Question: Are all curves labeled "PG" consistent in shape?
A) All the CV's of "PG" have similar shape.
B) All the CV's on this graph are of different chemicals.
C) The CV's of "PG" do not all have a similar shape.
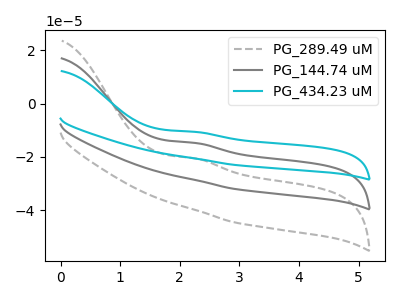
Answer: <think>The gray dashed curve "PG_289.49 uM" has an anodic peak at: (2.25V, -20.50uA). The gray curve "PG_144.74 uM" has an anodic peak at: (2.25V, -14.70uA). The cyan curve "PG_434.23 uM" has an anodic peak at: (2.25V, -29.45uA).
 All the peaks in "PG_289.49 uM" have a peak in "PG_144.74 uM" at the same potential. Every peak in "PG_289.49 uM" is lower than every peak in "PG_144.74 uM". All the peaks in "PG_289.49 uM" have a peak in "PG_434.23 uM" at the same potential. Every peak in "PG_289.49 uM" is higher than every peak in "PG_434.23 uM". All the peaks in "PG_144.74 uM" have a peak in "PG_434.23 uM" at the same potential. Every peak in "PG_144.74 uM" is higher than every peak in "PG_434.23 uM".</think>
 <answer>A) All the CV's of "PG" have similar shape.</answer>
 <eval>A</eval>